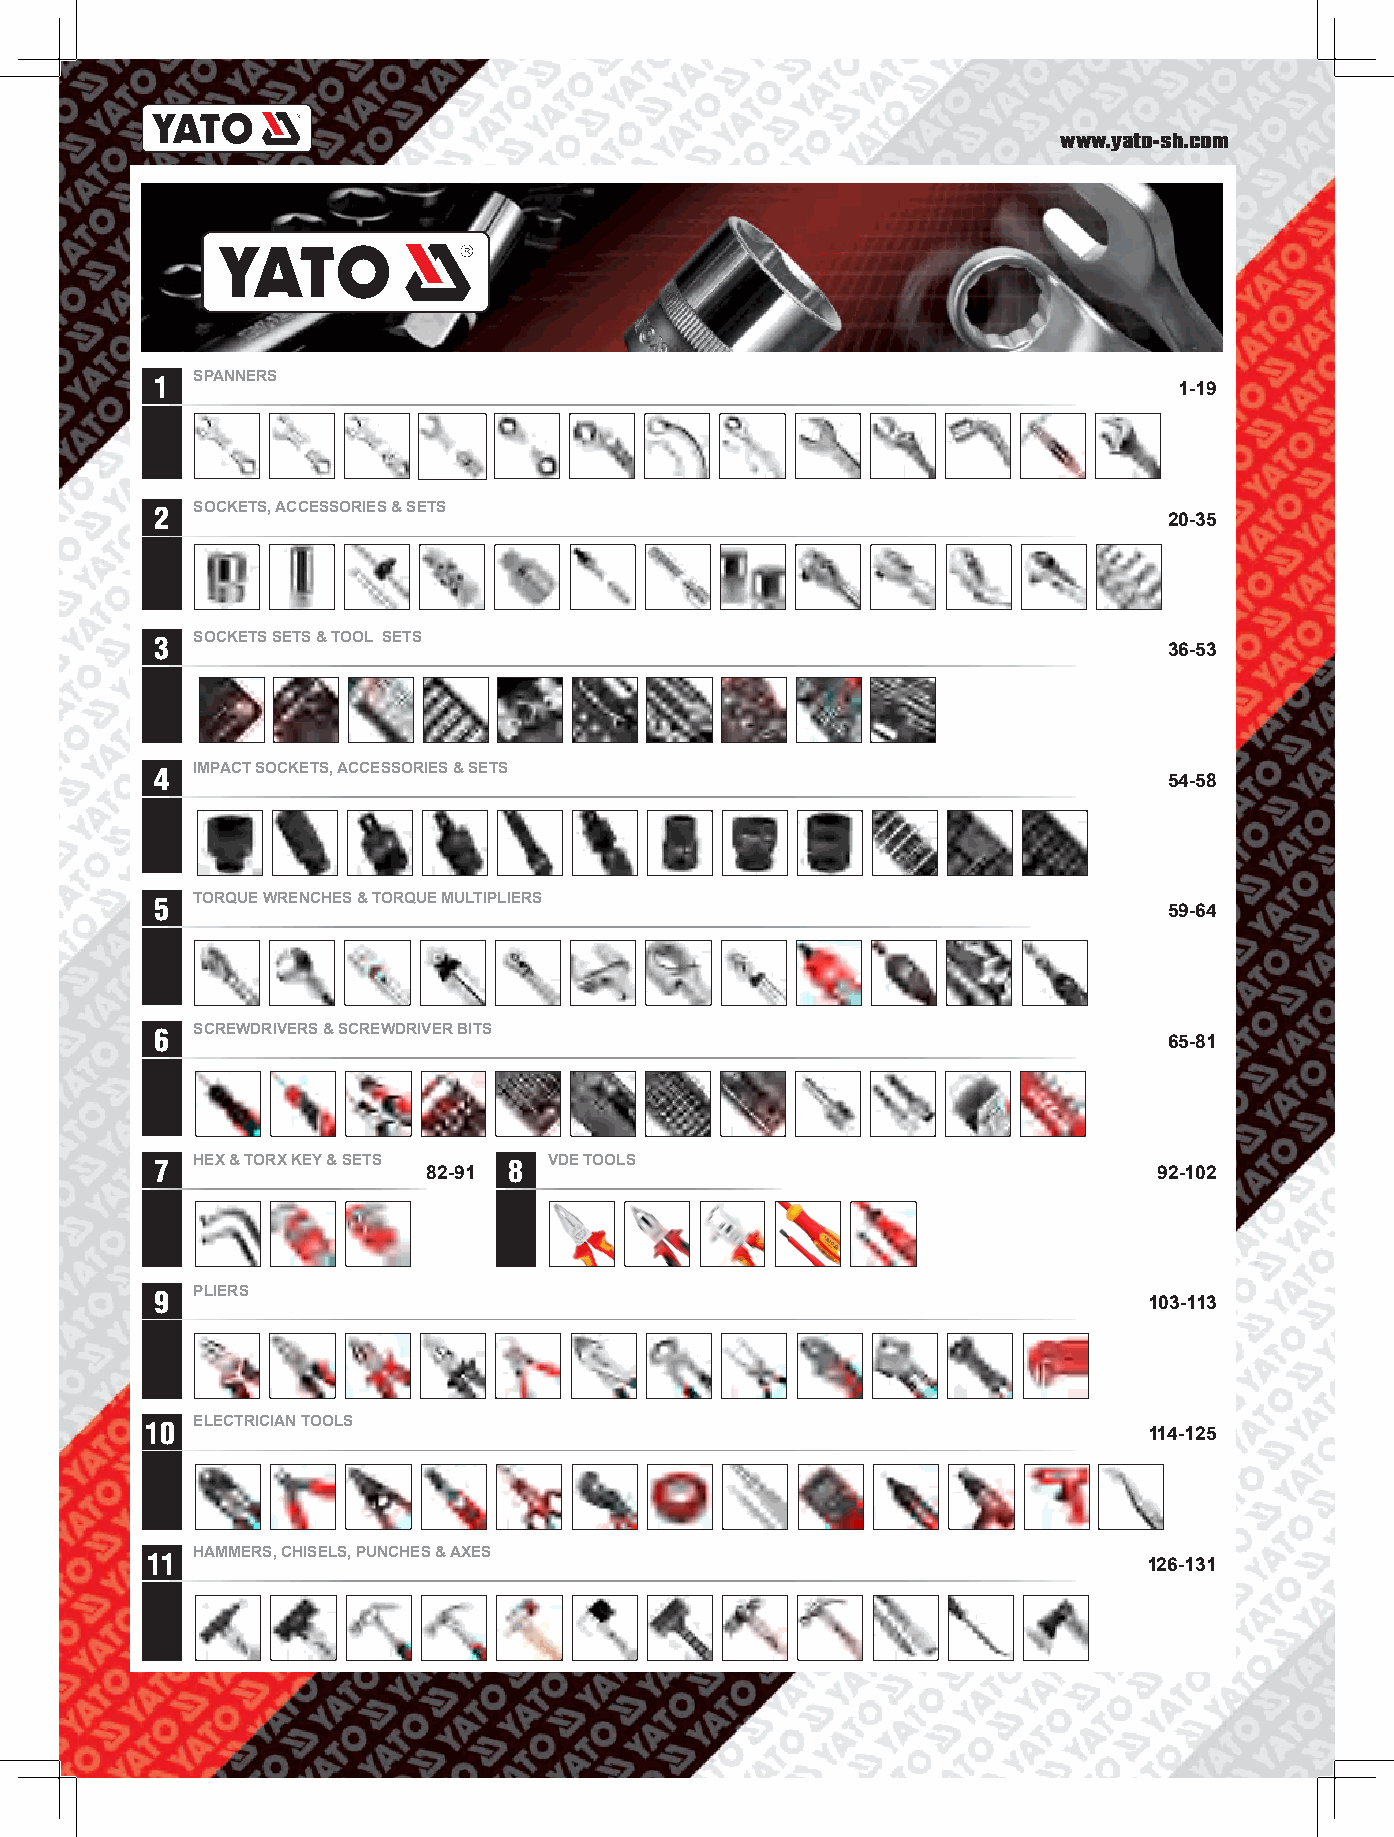
www.yato-sh.com
 1  SPANNERS
 1-19
 2  SOCKETS, ACCESSORIES & SETS
 20-35
 3  SOCKETS SETS & TOOL SETS
 36-53
 4  IMPACT SOCKETS, ACCESSORIES & SETS
 54-58
 5  TORQUE WRENCHES & TORQUE MULTIPLIERS
 59-64
 6  SCREWDRIVERS & SCREWDRIVER BITS
 65-81
 7  HEX & TORX KEY & SETS 8 VDE TOOLS
 82-91                                            92-102
 9  PLIERS
 103-113
 10 ELECTRICIAN TOOLS
 114-125
 11 HAMMERS, CHISELS, PUNCHES & AXES
 126-131